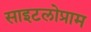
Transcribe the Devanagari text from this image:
साइटलोप्राम